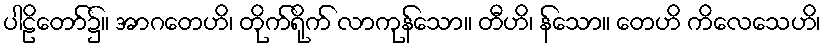
ပါဠိတော်၌။ အာဂတေဟိ၊ တိုက်ရိုက် လာကုန်သော။ တီဟိ၊ န်သော။ တေဟိ ကိလေသေဟိ၊